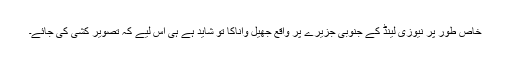
خاص طور پر نیوزی لینڈ کے جنوبی جزیرے پر واقع جھیل واناکا تو شاید ہے ہی اس لیے کہ تصویر کشی کی جائے۔